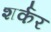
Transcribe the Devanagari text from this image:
शर्कर